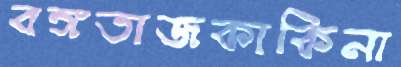
বঙ্গতাজকাকিনা